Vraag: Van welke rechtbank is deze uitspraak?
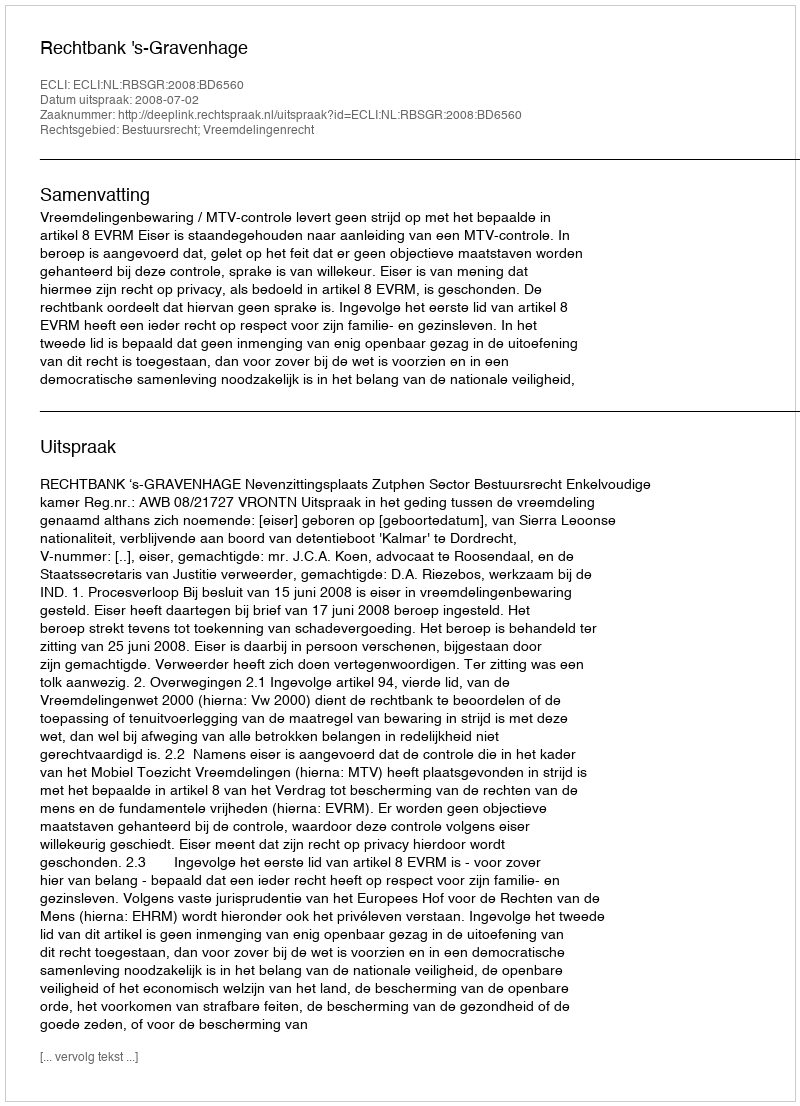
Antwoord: Rechtbank 's-Gravenhage